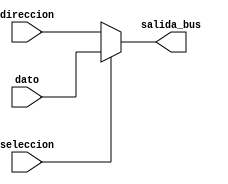
`timescale 1ns / 1ps
//////////////////////////////////////////////////////////////////////////////////
// Company: 
// Engineer: 
// 
// Design Name: 
// Module Name:    MUX_SALIDA 
// Project Name: 
// Target Devices: 
// Tool versions: 
// Description: 
//
// Dependencies: 
//
// Revision: 
// Revision 0.01 - File Created
// Additional Comments: 
//
//////////////////////////////////////////////////////////////////////////////////
module MUX_SALIDA(

input [7:0] direccion,
input [7:0] dato,
input seleccion,
output [7:0] salida_bus

    );

   assign salida_bus = seleccion ? dato : direccion;

endmodule